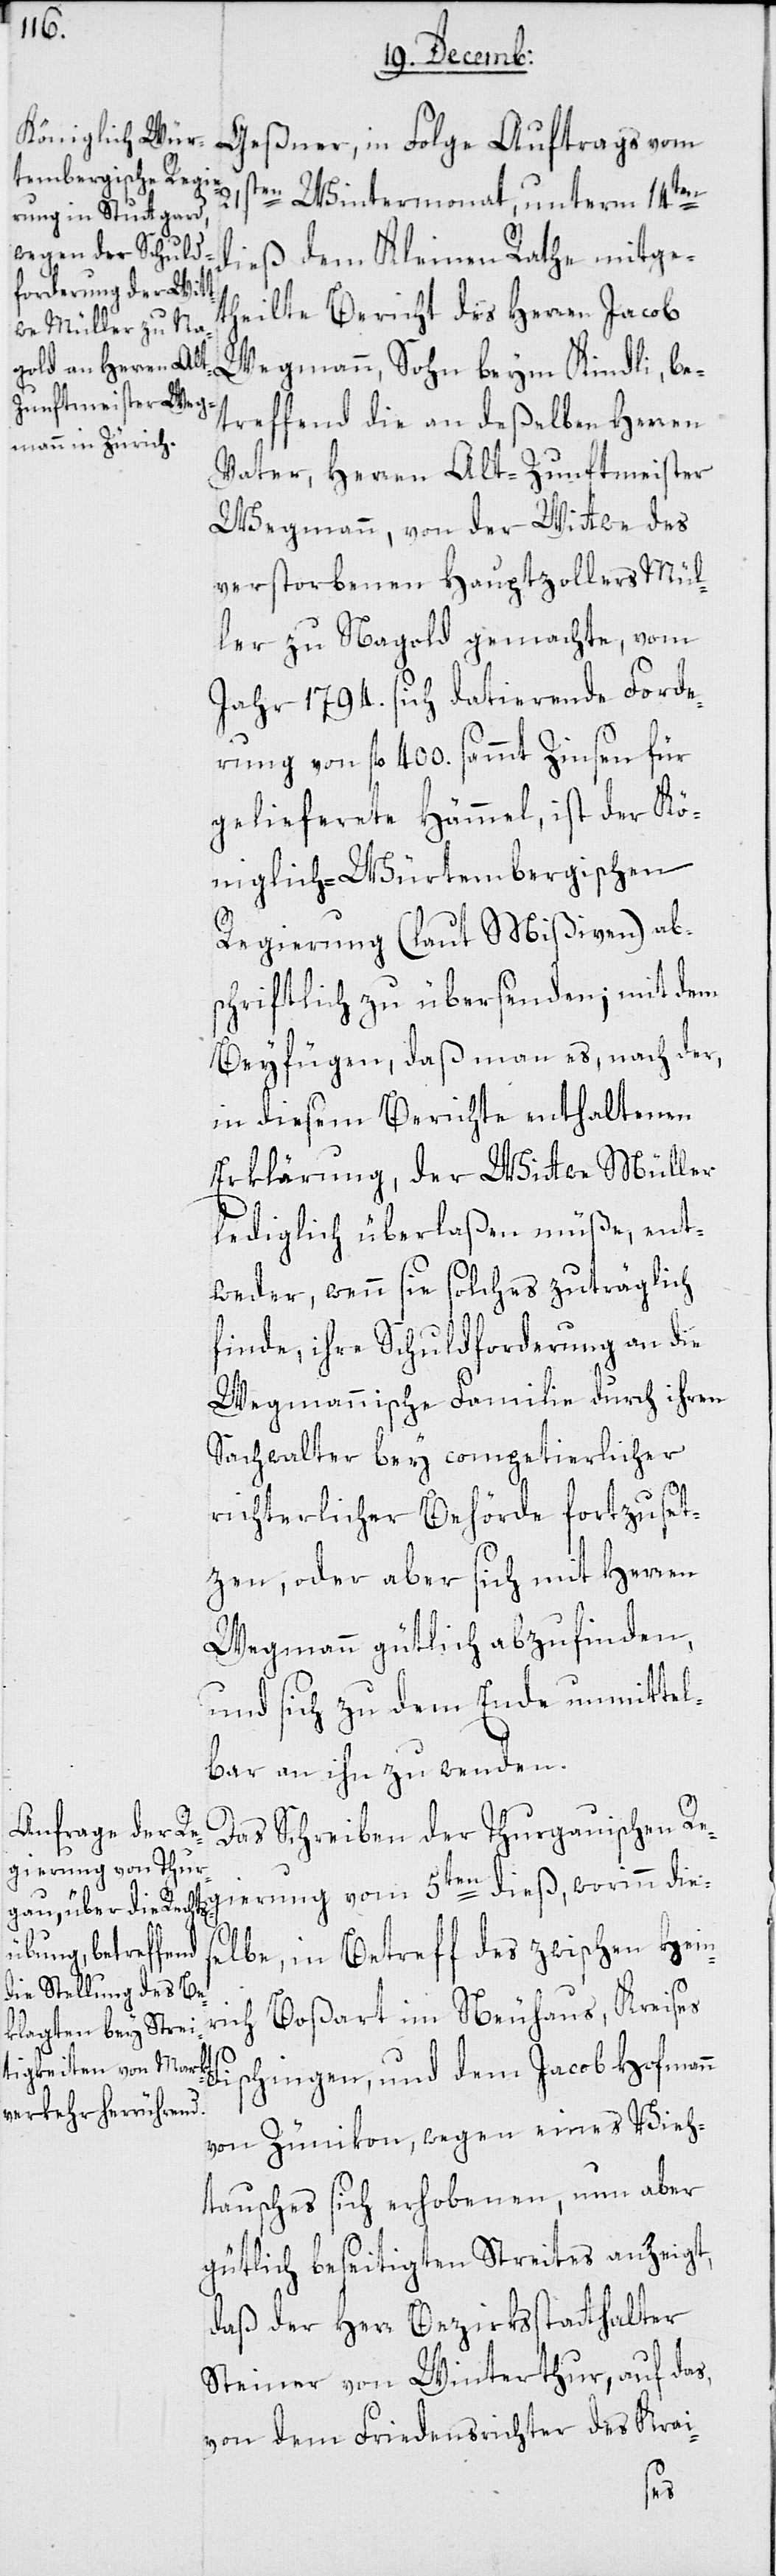
21sten Wintermonat, unterm 14ten
dieß dem Kleinen Rathe mitge¬
theilte Bericht des Herren Jacob
Wegmann, Sohn beym Kindli, be¬
treffend die an deßelben Herren
Vater, Herren Alt-Zunftmeister
Wegmann, von der Wittwe des
verstorbenen Hauptzollers Mül¬
ler zu Nagold gemachte, vom
Jahr 1794. sich datierende Forde¬
rung von fl. 400 sammt Zinsen für
gelieferte Hämmel, ist der Kö¬
niglich-Würtembergischen
Regierung (laut Mißiven) abs¬
chriftlich zu übersenden; mit dem
Beyfügen, daß man es, nach der,
in diesem Berichte enthaltenen
Erklärung, der Wittwe Müller
lediglich überlaßen müße, ent¬
weder, wenn sie solches zuträglich
finde, ihre Schuldforderung an die
Wegmannische Familie durch ihren
Sachwalter bey competierlicher
richterlicher Behörde fortzuset¬
zen, oder aber sich mit Herren
Wegmann gütlich abzufinden,
und sich zu dem Ende unmittel¬
bar an ihn zu wenden.
Das Schreiben der Thurgauischen Re¬
gierung vom 5ten dieß, worinn die¬
r¬
selbe, in Betreff des zwischen Hein¬
ich Boßart im Neuhaus, Kreises
Fischingen, und dem Jacob Hofmann
von Zünikon, wegen eines Vieh¬
tausches sich erhobenen, nun aber
gütlich beseitigten Streites anzeigt,
daß der Herr Bezirksstatthalter
Steiner von Winterthur, auf das,
von dem Friedensrichter des Krai-